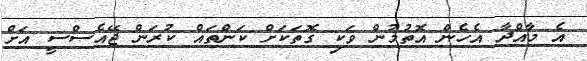
އެ މާއްދާ އެހެން އޮތުމުން ވަކި ގޮތަކަށް ކަންތައް ކުރަން ޖޭއެސްސީ އަށް